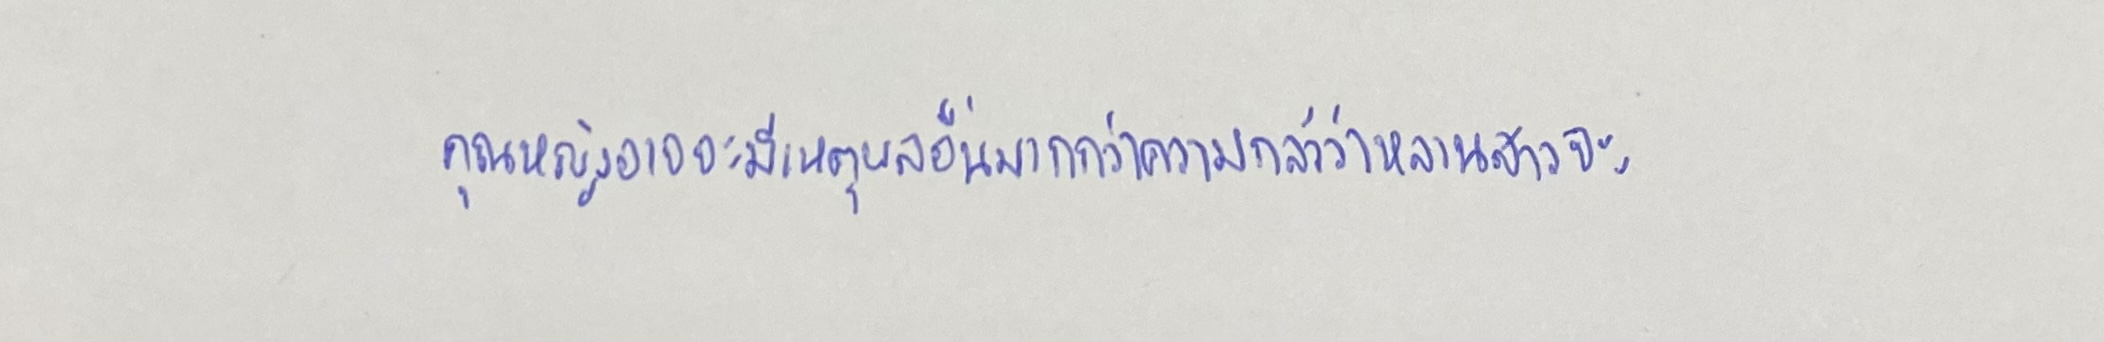
คุณหญิงอาจจะมีเหตุผลอื่นมากกว่าความกลัวว่าหลานสาวจะ